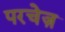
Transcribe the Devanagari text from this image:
परचेज़